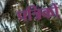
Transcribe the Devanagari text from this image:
पत्रिकों